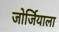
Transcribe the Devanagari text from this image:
जोर्जियाला